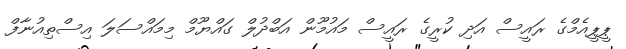
ޕީޕީއެމްގެ ރައީސް އަދި ކުރީގެ ރައީސް މައުމޫން އަބްދުލް ގައްޔޫމް މިމައްސަލަ އިސްތިއުނާފް